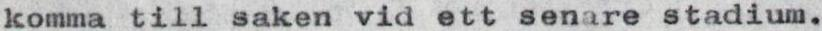
komma till saken vid ett senare stadium.